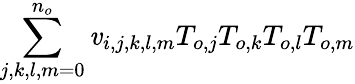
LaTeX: \sum_{j,k,l,m=0}^{n_{o}}\mathit{v}_{i,j,k,l,m}T_{o,j}T_{o,k}T_{o,l}T_{o,m}